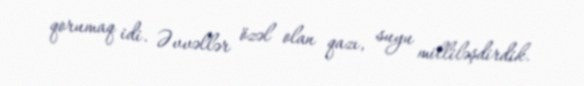
qorumaq idi. Əvvəllər özəl olan qazı, suyu milliləşdirdik.